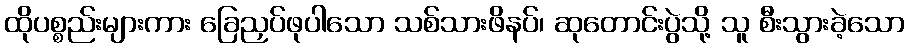
ထိုပစ္စည်းများကား ခြေညှပ်ဖုပါသော သစ်သားဖိနပ်၊ ဆုတောင်းပွဲသို့ သူ စီးသွားခဲ့သော